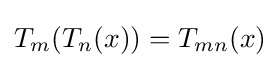
T_{m}(T_{n}(x))=T_{mn}(x)